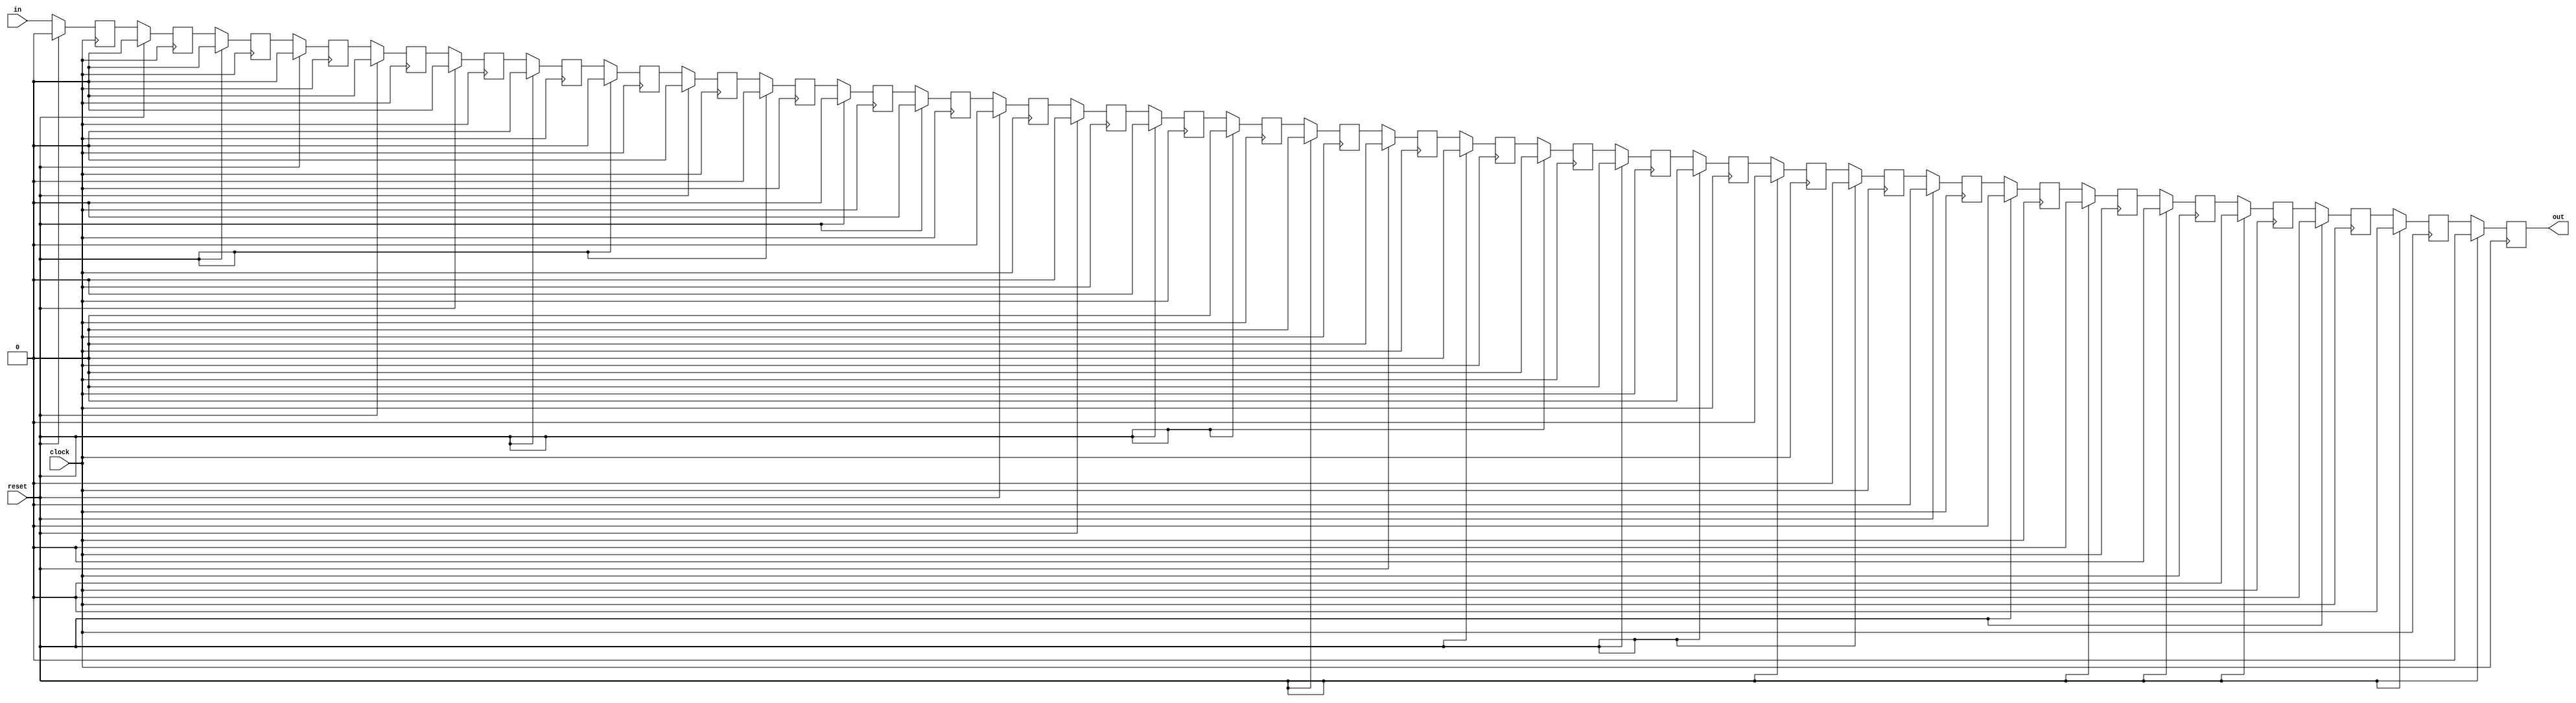
/**
 * This is written by Zhiyang Ong 
 * and Andrew Mattheisen 
 */


// Design of the pipe
module pipeline_buffer (in,out,clock,reset);
	// Output signal for the design module
	output out;			// Output data signal
	
	

	// Input signals for the design module
	input in;			// Input data signal
	input clock;		// Input clock signal
	input reset;		// Input reset signal
	
	
	
	
	// Declare "reg" signals... that will be assigned values
	reg out;
	reg o1;						// Output of flip-flop #1
	reg o2;						// Output of flip-flop #2
	reg o3;						// Output of flip-flop #3
	reg o4;						// Output of flip-flop #4
	reg o5;						// Output of flip-flop #5
	reg o6;						// Output of flip-flop #6
	reg o7;						// Output of flip-flop #7
	reg o8;						// Output of flip-flop #8
	reg o9;						// Output of flip-flop #9
	reg o10;					// Output of flip-flop #10
	reg o11;					// Output of flip-flop #11
	reg o12;					// Output of flip-flop #12
	reg o13;					// Output of flip-flop #13
	reg o14;					// Output of flip-flop #14
	
	reg o15;					// Output of flip-flop #15
	reg o16;					// Output of flip-flop #16
	reg o17;					// Output of flip-flop #17
	reg o18;					// Output of flip-flop #18
	reg o19;					// Output of flip-flop #19
	reg o20;					// Output of flip-flop #20
	reg o21;					// Output of flip-flop #21
	reg o22;					// Output of flip-flop #22
	reg o23;					// Output of flip-flop #23
	reg o24;					// Output of flip-flop #24
	reg o25;					// Output of flip-flop #25
	reg o26;					// Output of flip-flop #26
	reg o27;					// Output of flip-flop #27
	reg o28;					// Output of flip-flop #28
	reg o29;					// Output of flip-flop #29
	reg o30;					// Output of flip-flop #30
	reg o31;					// Output of flip-flop #31
	// Declare "wire" signals...
	// Defining constants: parameter [name_of_constant] = value;
	
	
	// Create the 1st flip-flop of the 15 flip-flop pipeline buffer
	always @(posedge clock)
	begin
		if(reset)
			o1 = 1'd0;
		else
			o1 = in;
	end
	
	
	// Create the 2nd flip-flop of the 15 flip-flop pipeline buffer
	always @(posedge clock)
	begin
		if(reset)
			o2 = 1'd0;
		else
			o2 = o1;
	end
	
	
	// Create the 3rd flip-flop of the 15 flip-flop pipeline buffer
	always @(posedge clock)
	begin
		if(reset)
			o3 = 1'd0;
		else
			o3 = o2;
	end
	
	
	// Create the 4th flip-flop of the 15 flip-flop pipeline buffer
	always @(posedge clock)
	begin
		if(reset)
			o4 = 1'd0;
		else
			o4 = o3;
	end
	
	
	// Create the 5th flip-flop of the 15 flip-flop pipeline buffer
	always @(posedge clock)
	begin
		if(reset)
			o5 = 1'd0;
		else
			o5 = o4;
	end
	
	
	// Create the 6th flip-flop of the 15 flip-flop pipeline buffer
	always @(posedge clock)
	begin
		if(reset)
			o6 = 1'd0;
		else
			o6 = o5;
	end
	
	
	// Create the 7th flip-flop of the 15 flip-flop pipeline buffer
	always @(posedge clock)
	begin
		if(reset)
			o7 = 1'd0;
		else
			o7 = o6;
	end
	
	
	// Create the 8th flip-flop of the 15 flip-flop pipeline buffer
	always @(posedge clock)
	begin
		if(reset)
			o8 = 1'd0;
		else
			o8 = o7;
	end
	
	
	// Create the 9th flip-flop of the 15 flip-flop pipeline buffer
	always @(posedge clock)
	begin
		if(reset)
			o9 = 1'd0;
		else
			o9 = o8;
	end
	
	
	// Create the 10th flip-flop of the 15 flip-flop pipeline buffer
	always @(posedge clock)
	begin
		if(reset)
			o10 = 1'd0;
		else
			o10 = o9;
	end
	
	
	// Create the 11th flip-flop of the 15 flip-flop pipeline buffer
	always @(posedge clock)
	begin
		if(reset)
			o11 = 1'd0;
		else
			o11 = o10;
	end
	
	
	// Create the 12th flip-flop of the 15 flip-flop pipeline buffer
	always @(posedge clock)
	begin
		if(reset)
			o12 = 1'd0;
		else
			o12 = o11;
	end
	
	
	// Create the 13th flip-flop of the 15 flip-flop pipeline buffer
	always @(posedge clock)
	begin
		if(reset)
			o13 = 1'd0;
		else
			o13 = o12;
	end
	
	
	// Create the 14th flip-flop of the 15 flip-flop pipeline buffer
	always @(posedge clock)
	begin
		if(reset)
			o14 = 1'd0;
		else
			o14 = o13;
	end
	
	
	// Create the 15th flip-flop of the 15 flip-flop pipeline buffer
	always @(posedge clock)
	begin
		if(reset)
			o15 = 1'd0;
		else
			o15 = o14;
	end
	
	
	
	
	
	
	
	
	
	
	
	
	
	
	
	
	
	
	
	// Create the 16th flip-flop of the 15 flip-flop pipeline buffer
	always @(posedge clock)
	begin
		if(reset)
			o16 = 1'd0;
		else
			o16 = o15;
	end
	
	
	// Create the 17th flip-flop of the 15 flip-flop pipeline buffer
	always @(posedge clock)
	begin
		if(reset)
			o17 = 1'd0;
		else
			o17 = o16;
	end
	
	
	// Create the 18th flip-flop of the 15 flip-flop pipeline buffer
	always @(posedge clock)
	begin
		if(reset)
			o18 = 1'd0;
		else
			o18 = o17;
	end
	
	
	// Create the 19th flip-flop of the 15 flip-flop pipeline buffer
	always @(posedge clock)
	begin
		if(reset)
			o19 = 1'd0;
		else
			o19 = o18;
	end
	
	
	// Create the 20th flip-flop of the 15 flip-flop pipeline buffer
	always @(posedge clock)
	begin
		if(reset)
			o20 = 1'd0;
		else
			o20 = o19;
	end
	
	
	// Create the 21st flip-flop of the 15 flip-flop pipeline buffer
	always @(posedge clock)
	begin
		if(reset)
			o21 = 1'd0;
		else
			o21 = o20;
	end
	
	
	// Create the 22nd flip-flop of the 15 flip-flop pipeline buffer
	always @(posedge clock)
	begin
		if(reset)
			o22 = 1'd0;
		else
			o22 = o21;
	end
	
	
	// Create the 23rd flip-flop of the 15 flip-flop pipeline buffer
	always @(posedge clock)
	begin
		if(reset)
			o23 = 1'd0;
		else
			o23 = o22;
	end
	
	
	// Create the 24th flip-flop of the 15 flip-flop pipeline buffer
	always @(posedge clock)
	begin
		if(reset)
			o24 = 1'd0;
		else
			o24 = o23;
	end
	
	
	// Create the 25th flip-flop of the 15 flip-flop pipeline buffer
	always @(posedge clock)
	begin
		if(reset)
			o25 = 1'd0;
		else
			o25 = o24;
	end
	
	
	// Create the 26th flip-flop of the 15 flip-flop pipeline buffer
	always @(posedge clock)
	begin
		if(reset)
			o26 = 1'd0;
		else
			o26 = o25;
	end
	
	
	// Create the 27th flip-flop of the 15 flip-flop pipeline buffer
	always @(posedge clock)
	begin
		if(reset)
			o27 = 1'd0;
		else
			o27 = o26;
	end
	
	
	// Create the 28th flip-flop of the 15 flip-flop pipeline buffer
	always @(posedge clock)
	begin
		if(reset)
			o28 = 1'd0;
		else
			o28 = o27;
	end
	
	
	// Create the 29th flip-flop of the 15 flip-flop pipeline buffer
	always @(posedge clock)
	begin
		if(reset)
			o29 = 1'd0;
		else
			o29 = o28;
	end
	
	
	// Create the 30th flip-flop of the 15 flip-flop pipeline buffer
	always @(posedge clock)
	begin
		if(reset)
			o30 = 1'd0;
		else
			o30 = o29;
	end
	
	
	// Create the 31st flip-flop of the 15 flip-flop pipeline buffer

	always @(posedge clock)
	begin
		if(reset)
			o31 = 1'd0;
		else
			o31 = o30;
	end
	
	
	// Create the 32nd flip-flop of the 15 flip-flop pipeline buffer

	always @(posedge clock)
	begin
		if(reset)
			out = 1'd0;
		else
			out = o31;
	end

	
	
	
	
	
endmodule